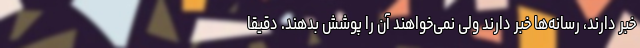
خبر دارند، رسانه‌ها خبر دارند ولی نمی‌خواهند آن را پوشش بدهند. دقیقاً